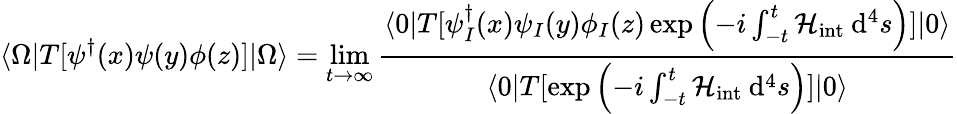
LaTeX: \langle\Omega|T[\psi^{\dagger}(x)\psi(y)\phi(z)]|\Omega\rangle=\operatorname*{lim}_{t\to\infty}\frac{\langle 0|T[\psi_{I}^{\dagger}(x)\psi_{I}(y)\phi_{I}(z)\exp\left(-i\int_{-t}^{t}\mathcal{H}_{\mathrm{int}}\: \mathrm{d}^{4}s\right)]|0\rangle}{\langle 0|T[\exp\left(-i\int_{-t}^{t}\mathcal{H}_{\mathrm{int}}\: \mathrm{d}^{4}s\right)]|0\rangle}